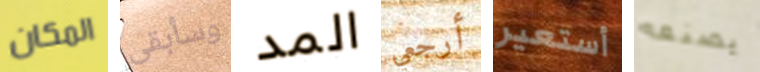
المكان وسأبقى المد أرجعي أستعير يصنعه